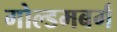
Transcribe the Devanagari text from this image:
गोल्डमबर्ग